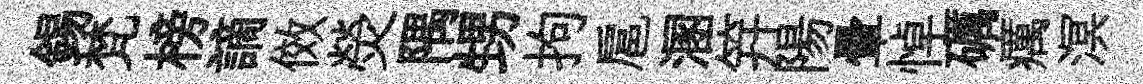
錫梵榜謫傚熒隅甥拘扈溷笄陽暈悼礪癘溟